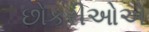
છોકરીઓએ